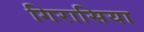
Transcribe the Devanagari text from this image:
गिरासिया